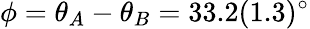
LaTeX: \phi=\theta_{A}-\theta_{B}=33.2(1.3)^{\circ}